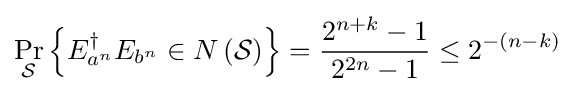
\Pr _{\mathcal {S}}\left\{E_{a^{n}}^{\dagger }E_{b^{n}}\in N\left({\mathcal {S}}\right)\right\}={\frac {2^{n+k}-1}{2^{2n}-1}}\leq 2^{-\left(n-k\right)}